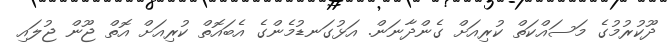
ދޫކުރުމުގެ މަސައްކަތް ކުރިއަށް ގެންދާނަން. އަޅުގަނޑުމެންގެ އެބައޮތް ކުރިއަށް އޮތް ޖޫން ޖުލައި